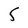
Character: 5